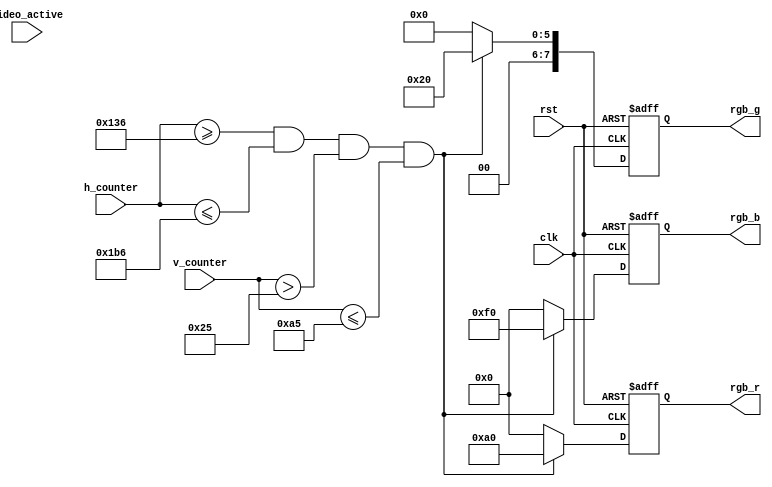
module vga_display(
	input                 clk,                //pixel clock
	input                 rst,                //reset signal high active
    input[11:0]                h_counter,         //x position
    input[11:0]                v_counter,         //y position
    input                      video_active,  
	output reg [7:0]           rgb_r,         //video red data
	output reg [7:0]           rgb_g,         //video green data
	output reg [7:0]           rgb_b          //video blue data
);

// 1024*768 65mhz
parameter H_ACTIVE = 16'd1024;
parameter H_FP = 16'd24;      
parameter H_SYNCP = 16'd136;   
parameter H_BP = 16'd160;     
parameter V_ACTIVE = 16'd768; 
parameter V_FP  = 16'd3;      
parameter V_SYNCP  = 16'd6;    
parameter V_BP  = 16'd29;     
parameter HS_POL = 1'b0;
parameter VS_POL = 1'b0;
parameter PCLK = 24'd650000;

//define the RGB values for 8 colors
parameter WHITE_R       = 8'hff;
parameter WHITE_G       = 8'hff;
parameter WHITE_B       = 8'hff;
parameter RED_R         = 8'hff;
parameter RED_G         = 8'h00;
parameter RED_B         = 8'h00;
parameter ORANGE_R		= 8'hff;
parameter ORANGE_G		= 8'h61;
parameter ORANGE_B		= 8'h00;
parameter YELLOW_R      = 8'hff;
parameter YELLOW_G      = 8'hff;
parameter YELLOW_B      = 8'h00;                                                               
parameter GREEN_R       = 8'h00;
parameter GREEN_G       = 8'hff;
parameter GREEN_B       = 8'h00;
parameter CYAN_R        = 8'h00;
parameter CYAN_G        = 8'hff;
parameter CYAN_B        = 8'hff; 
parameter BLUE_R        = 8'h00;
parameter BLUE_G        = 8'h00;
parameter BLUE_B        = 8'hff;
parameter PURPLE_R      = 8'ha0;
parameter PURPLE_G      = 8'h20;
parameter PURPLE_B      = 8'hf0;
parameter BLACK_R       = 8'h00;
parameter BLACK_G       = 8'h00;
parameter BLACK_B       = 8'h00;

always@(posedge clk or posedge rst) begin
	if(rst == 1'b1)
		begin
			rgb_r <= 8'h00;
			rgb_g <= 8'h00;
			rgb_b <= 8'h00;
		end
	else if(h_counter >= (H_FP + H_SYNCP + H_BP - 10) 
		   && h_counter <= (H_SYNCP + H_BP + H_FP - 10 + 12'd128) 
		   && v_counter > (V_FP + V_SYNCP + V_BP - 1) 
		   && v_counter <= (V_FP + V_SYNCP + V_BP - 1 + 12'd128))begin
				rgb_r <= PURPLE_R;
				rgb_g <= PURPLE_G;
				rgb_b <= PURPLE_B;
		end
	else
		begin
			rgb_r <= 8'h00;
			rgb_g <= 8'h00;
			rgb_b <= 8'h00;
		end
end

endmodule